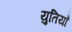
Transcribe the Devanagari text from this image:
युतियाँ